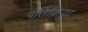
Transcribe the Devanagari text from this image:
पर्तिक्रिया